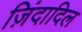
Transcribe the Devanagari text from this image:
ज़िंदादिल